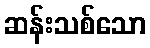
ဆန်းသစ်သော